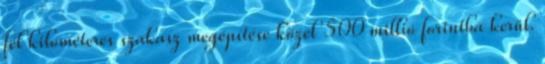
fél kilométeres szakasz megépítése közel 500 millió forintba kerül.